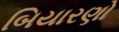
બિયારણો